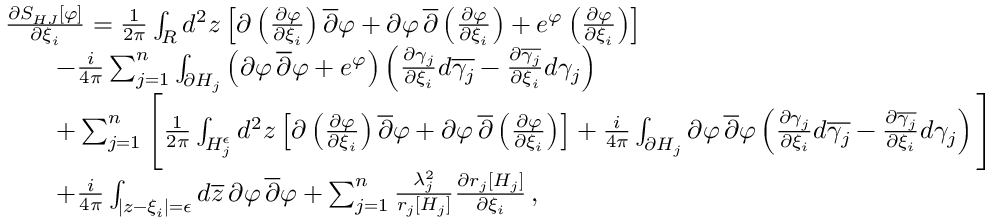
\begin{array} { r l } & { { \frac { \partial S _ { H J } [ \varphi ] } { \partial \xi _ { i } } } = { \frac { 1 } { 2 \pi } } \int _ { R } d ^ { 2 } z \left[ \partial \left( { \frac { \partial \varphi } { \partial \xi _ { i } } } \right) \overline { { \partial } } \varphi + \partial \varphi \, \overline { { \partial } } \left( { \frac { \partial \varphi } { \partial \xi _ { i } } } \right) + e ^ { \varphi } \left( { \frac { \partial \varphi } { \partial \xi _ { i } } } \right) \right] } \\ & { \quad \quad - { \frac { i } { 4 \pi } } \sum _ { j = 1 } ^ { n } \int _ { \partial H _ { j } } \left( \partial \varphi \, \overline { { \partial } } \varphi + e ^ { \varphi } \right) \left( { \frac { \partial \gamma _ { j } } { \partial \xi _ { i } } } d \overline { { \gamma _ { j } } } - { \frac { \partial \overline { { \gamma _ { j } } } } { \partial \xi _ { i } } } d \gamma _ { j } \right) } \\ & { \quad \quad + \sum _ { j = 1 } ^ { n } \Bigg [ { \frac { 1 } { 2 \pi } } \int _ { H _ { j } ^ { \epsilon } } d ^ { 2 } z \left[ \partial \left( { \frac { \partial \varphi } { \partial \xi _ { i } } } \right) \overline { { \partial } } \varphi + \partial \varphi \, \overline { { \partial } } \left( { \frac { \partial \varphi } { \partial \xi _ { i } } } \right) \right] + { \frac { i } { 4 \pi } } \int _ { \partial H _ { j } } \partial \varphi \, \overline { { \partial } } \varphi \left( { \frac { \partial \gamma _ { j } } { \partial \xi _ { i } } } d \overline { { \gamma _ { j } } } - { \frac { \partial \overline { { \gamma _ { j } } } } { \partial \xi _ { i } } } d \gamma _ { j } \right) \Bigg ] } \\ & { \quad \quad + { \frac { i } { 4 \pi } } \int _ { | z - \xi _ { i } | = \epsilon } d \overline { { z } } \, \partial \varphi \, \overline { { \partial } } \varphi + \sum _ { j = 1 } ^ { n } { \frac { \lambda _ { j } ^ { 2 } } { r _ { j } [ H _ { j } ] } } { \frac { \partial r _ { j } [ H _ { j } ] } { \partial \xi _ { i } } } \, , } \end{array}